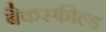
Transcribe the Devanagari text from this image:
बैकस्फील्ड